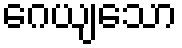
ဂေယျသော